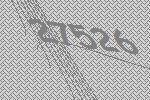
27526